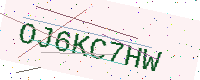
Text: OJ6KC7HW